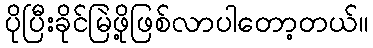
ပိုပြီးခိုင်မြဲဖို့ဖြစ်လာပါတော့တယ်။